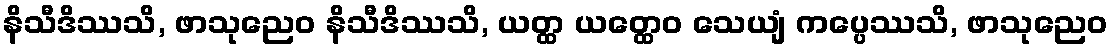
နိသီဒိဿသိ, ဖာသုညေဝ နိသီဒိဿသိ, ယတ္ထ ယတ္ထေဝ သေယျံ ကပ္ပေဿသိ, ဖာသုညေဝ